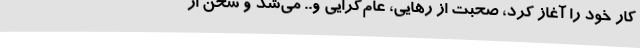
کار خود را آغاز کرد، صحبت از رهایی، عام‌گرایی و.. می‌شد و سخن از